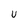
Character: U